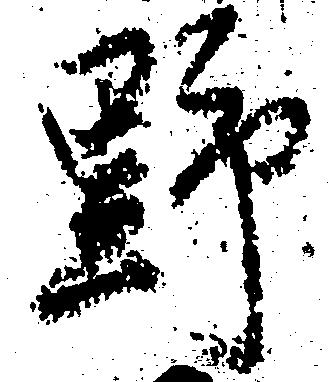
野